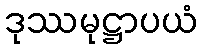
ဒုဿမုဋ္ဌာပယံ